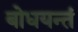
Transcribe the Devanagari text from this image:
बोधयन्तं